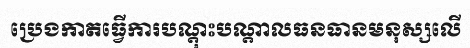
ប្រេងកាតធ្វើការបណ្តុះបណ្តាលធនធានមនុស្សលើ